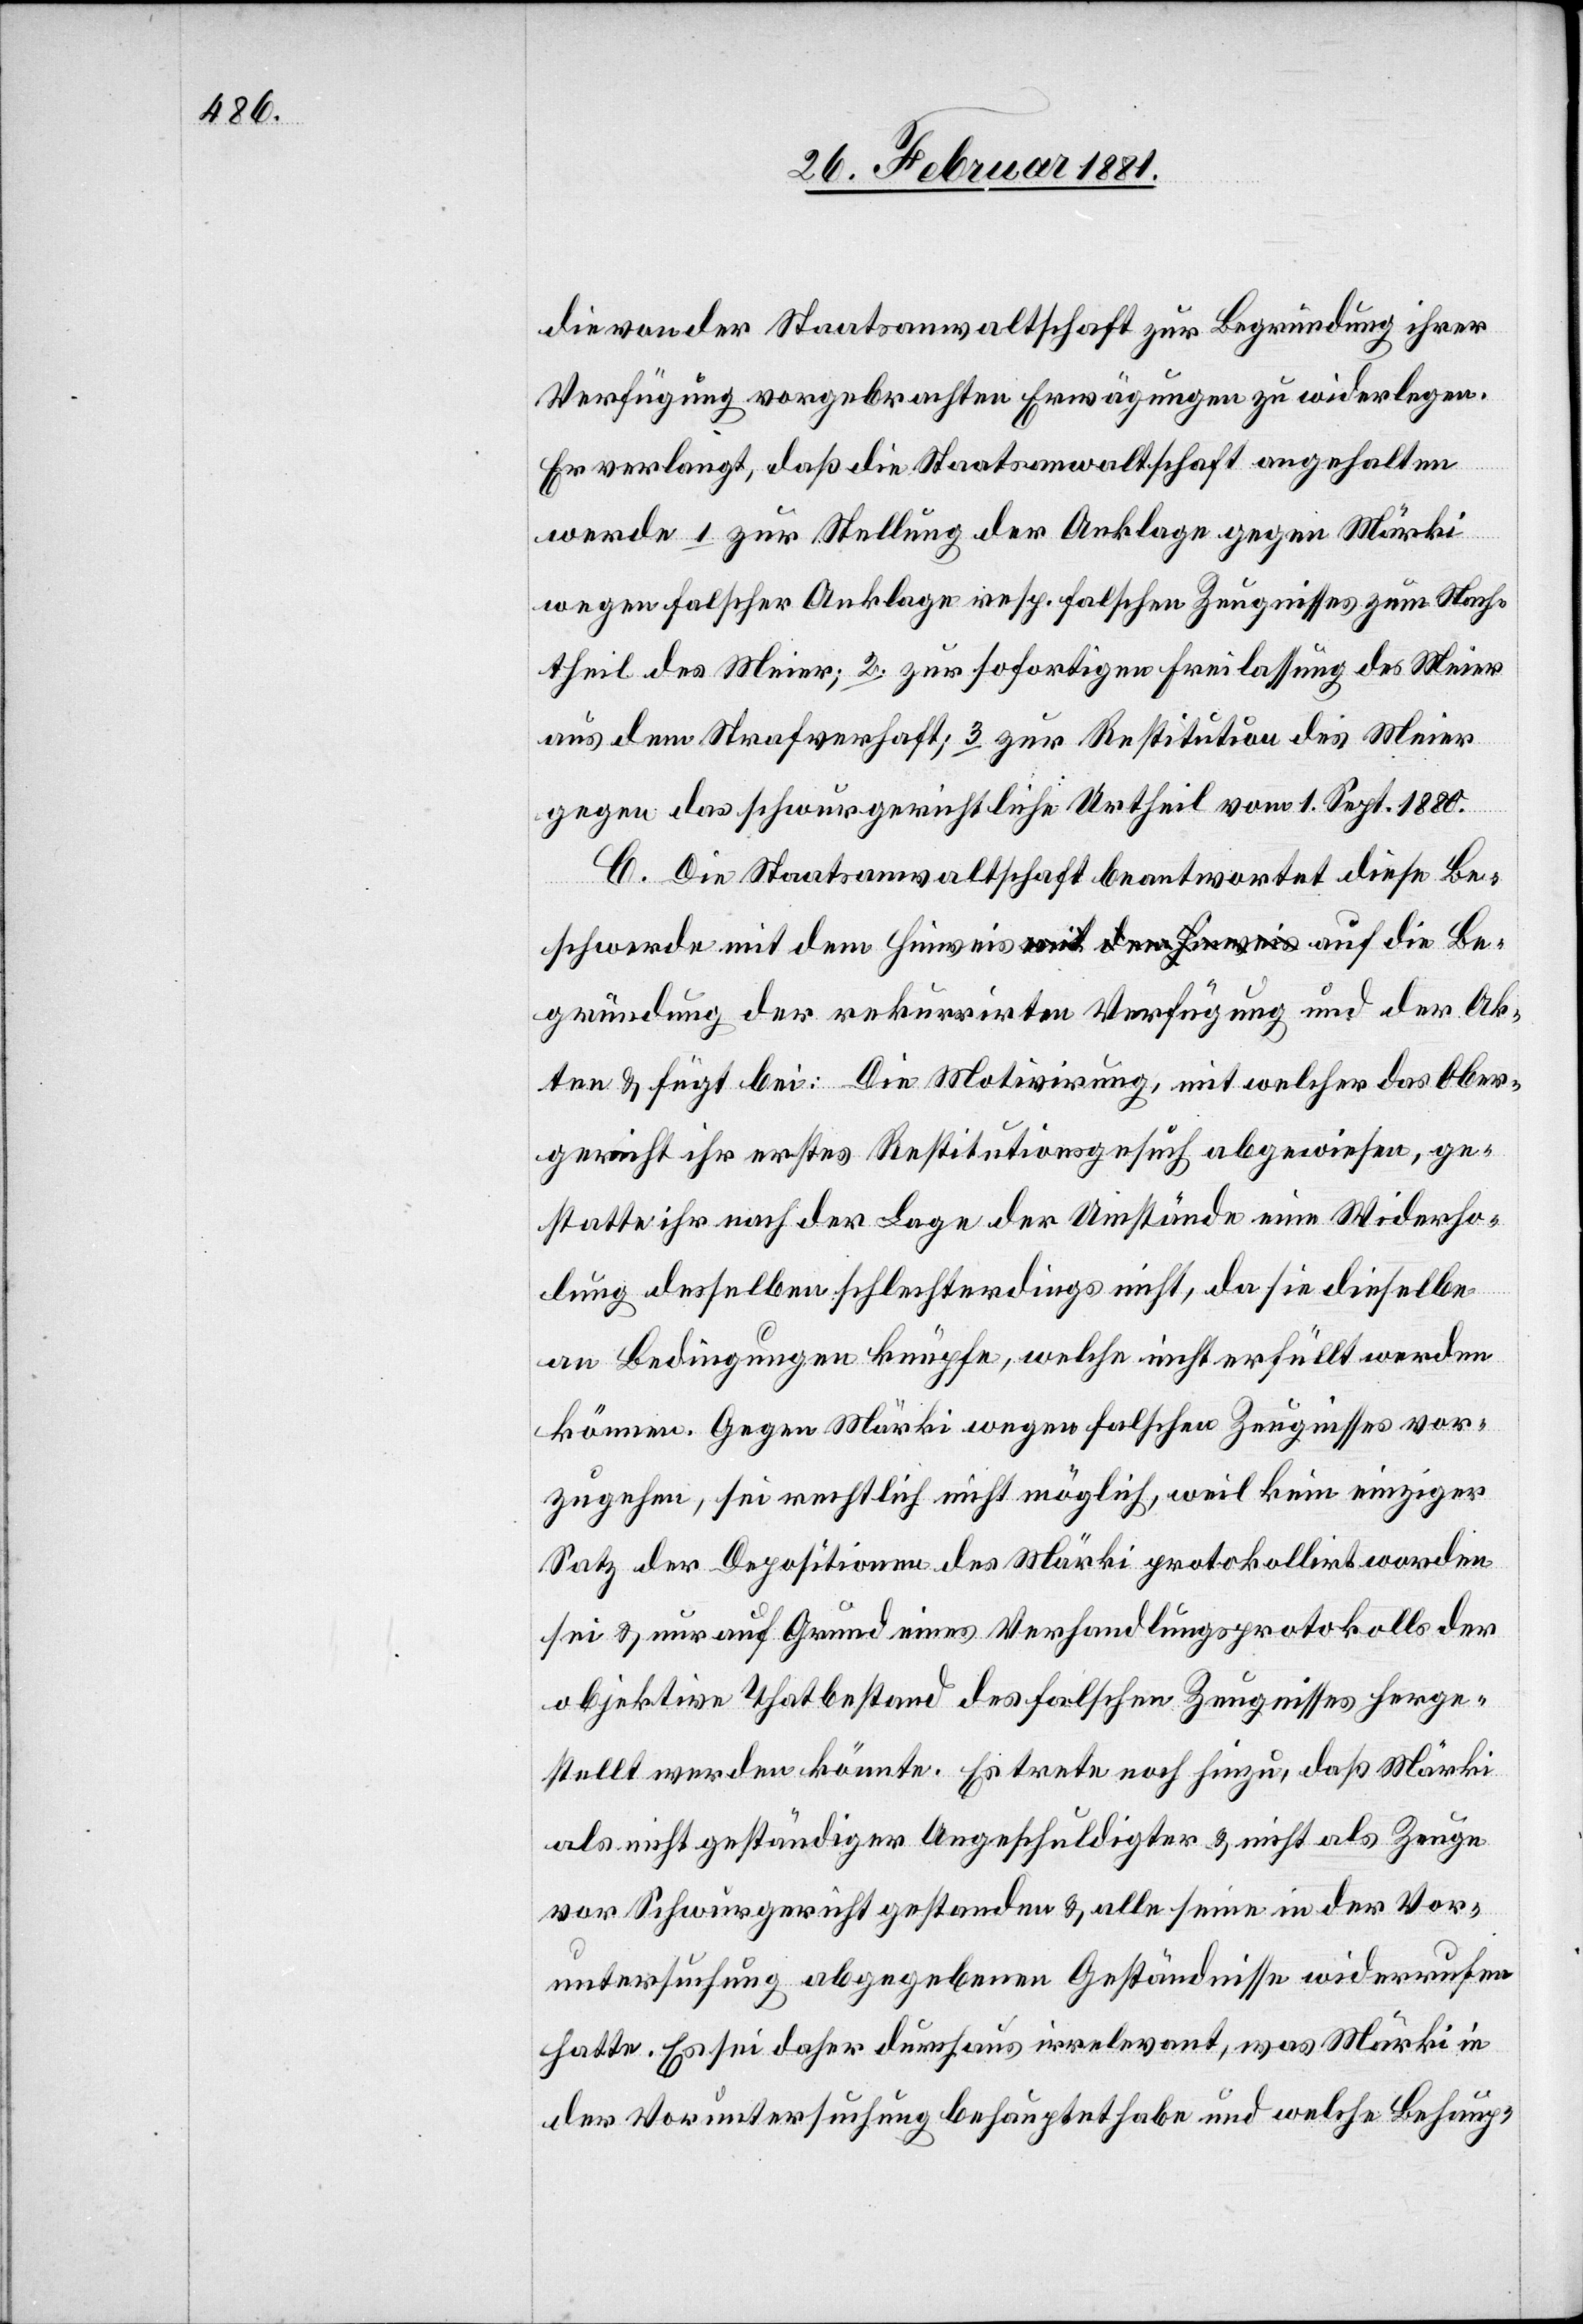
die von der Staatsanwaltschaft zur Begründung ihrer
Verfügung vorgebrachten Erwägungen zu widerlegen.
Er verlangt, daß die Staatsanwaltschaft angehalten
werde 1. zur Stellung der Anklage gegen Märki
wegen falscher Anklage resp. falschen Zeugnisses zum Nach¬
theil des Meier; 2. zur sofortigen Freilassung des Meier
aus dem Strafverhaft; 3. zur Restitution des Meier
gegen das schwurgerichtliche Urtheil vom 1. Sept. 1880.
C. Die Staatsanwaltschaft beantwortet diese Be¬
schwerde mit dem Hinweis auf die Begründung der re¬
ten & fügt bei: Die Motivirung, mit welcher das Ober¬
gericht ihr erstes Restitutionsgesuch abgewiesen, ge¬
statte ihr nach der Lage der Umstände eine Wi[e]derho¬
der Ak¬
lung desselben schlechterdings nicht, da sie dieselbe
an Bedingungen knüpfe, welche nicht erfüllt werden
können. Gegen Märki wegen falschen Zeugnisses vor¬
zugehen, sei rechtlich nicht möglich, weil kein einziger
Satz der Depositionen des Märki protokollirt worden
sei & nur auf Grund eines Verhandlungsprotokolls der
objektive Thatbestand des falschen Zeugnisses herge¬
stellt werden könnte. Es trete noch hinzu, daß Märki
als nicht geständiger Angeschuldigter & nicht als Zeuge
vor Schwurgericht gestanden & alle seine in der Vor¬
untersuchung abgegebenen Geständnisse widerrufen
hatte. Es sei daher durchaus irrelevant, was Märki in
der Voruntersuchung behauptet habe und welche Behaup-